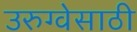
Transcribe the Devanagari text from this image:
उरुग्वेसाठी